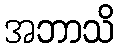
အဘာသိ